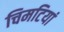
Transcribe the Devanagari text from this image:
चिमटियां